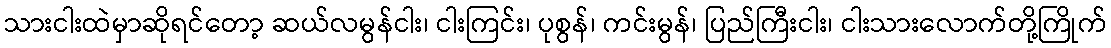
သားငါးထဲမှာဆိုရင်တော့ ဆယ်လမွန်ငါး၊ ငါးကြင်း၊ ပုစွန်၊ ကင်းမွန်၊ ပြည်ကြီးငါး၊ ငါးသားလောက်တို့ကြိုက်